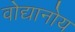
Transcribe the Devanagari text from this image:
वोद्यानोय